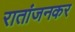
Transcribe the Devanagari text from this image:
रातांजनकर